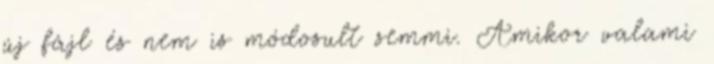
új fájl és nem is módosult semmi. Amikor valami